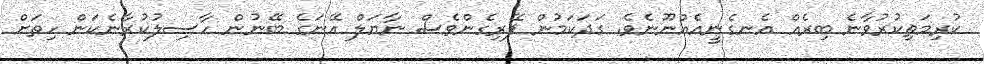
ކުރިމަތިކުރުވާނެ ބިރެއް އެނގެނީއެއްނޫނެވެ. ގަދަކަމުން ފޭރިގެންވެސް ނާޔަލް އޭނަގެ ބޭނުން ހާސިލުކުރާނެކަން ހިތަށް